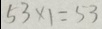
5 3 \times 1 = 5 3